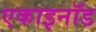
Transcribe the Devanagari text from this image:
एकाइनॉड